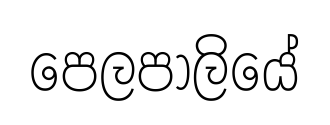
පෙලපාලියේ